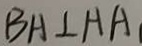
B A \bot A A